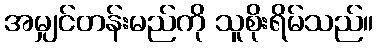
အမျှင်တန်းမည်ကို သူစိုးရိမ်သည်။